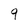
Character: 9